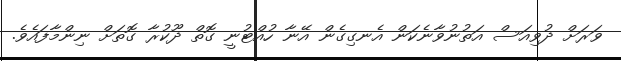
ވަރަށް ދުވިއަސް އަތުނުވާނެކަން އެނގިގެން އޭނާ ހުއްޓުނީ ގޮތް ދޫކުރާ ގޮތަށް ނިންމާފައެވެ.